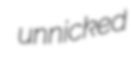
unnicked